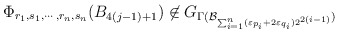
\begin{align*}\Phi_{r_1, s_1, \cdots, r_n, s_n}(B_{4(j-1) +1}) \not\in G_{\Gamma(\mathcal{B}_{\sum_{i=1}^n(\varepsilon_{p_i} + 2 \varepsilon_{q_i}) 2^{2(i-1)}})}\end{align*}